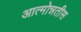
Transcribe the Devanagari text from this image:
आत्मोन्नतीस